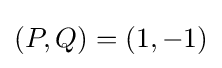
(P,Q)=(1,-1)